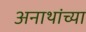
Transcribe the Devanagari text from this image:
अनाथांच्या